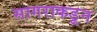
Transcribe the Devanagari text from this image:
सागराकडून